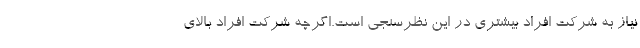
نیاز به شرکت افراد بیشتری در این نظرسنجی است.اگرچه شرکت افراد بالای